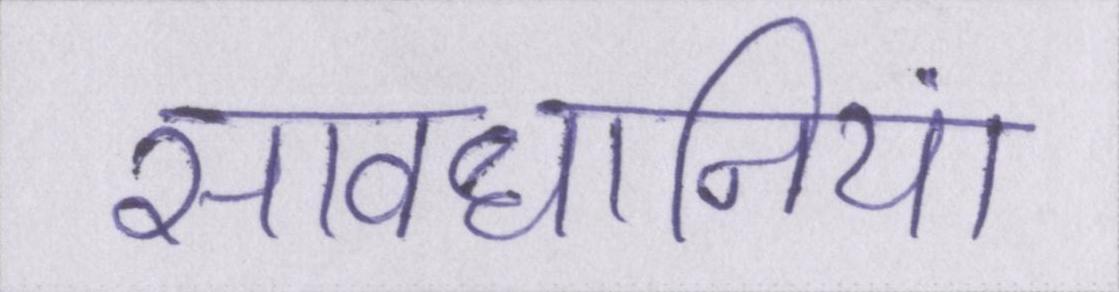
सावधानियां